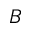
B